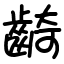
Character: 齮